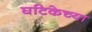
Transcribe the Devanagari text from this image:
घटिकेच्या